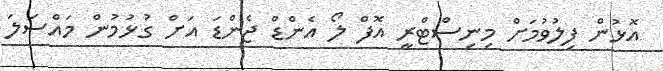
އޮޅުން ފިލުވުމަށް މިނިސްޓްރީ އޮފް ލޯ އެންޑް ޖެންޑަ އަށް ގުޅުމުން މައްސަލަ